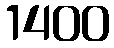
1400